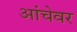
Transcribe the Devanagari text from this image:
आंचेवर